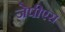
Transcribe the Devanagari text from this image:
जेपीएस